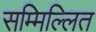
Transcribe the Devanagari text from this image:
सम्मिल्लित